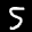
Label: 5